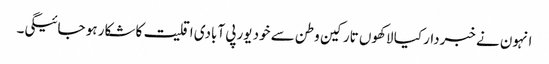
انہون نے خبردار کیا لاکھوں تارکین وطن سے خود یورپی آبادی اقلیت کا شکار ہو جائیگی۔